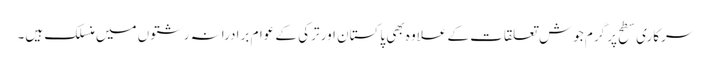
سرکاری سطح پر گرم جوش تعلقات کے علاوہ بھی پاکستان اور ترکی کے عوام برادرانہ رشتوں میں منسلک ہیں۔